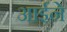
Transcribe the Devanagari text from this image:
आर्इने